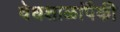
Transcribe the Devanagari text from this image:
वेधशाळांपैकी